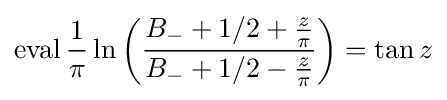
\operatorname {eval} {\frac {1}{\pi }}\ln \left({\frac {B_{-}+1/2+{\frac {z}{\pi }}}{B_{-}+1/2-{\frac {z}{\pi }}}}\right)=\tan z